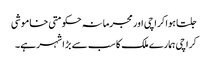
جلتا ہوا کراچی اور مجرمانہ حکومتی خاموشی
کراچی ہمارے ملک کا سب سے بڑا شہر ہے۔